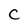
Character: C